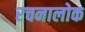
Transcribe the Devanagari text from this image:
रचनालोक